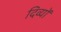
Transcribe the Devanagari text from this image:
दिव्यों